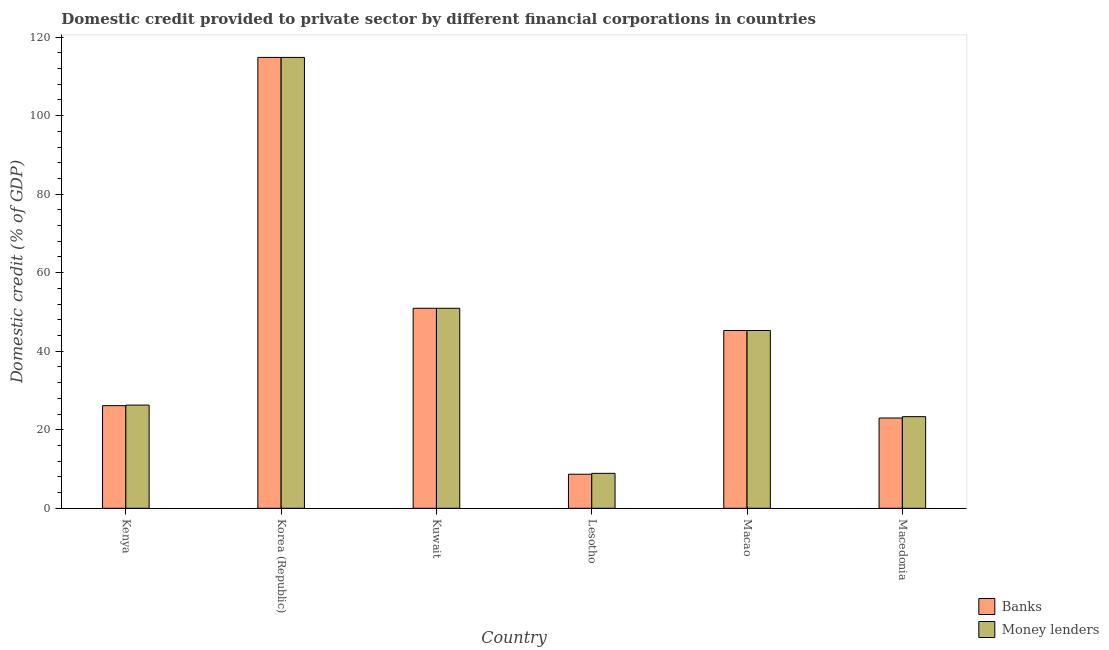
| Country | Banks | Money lenders |
 | --- | --- | --- |
 | Kenya | 26.1 | 26.3 |
 | Korea (Republic) | 115 | 115 |
 | Kuwait | 50.9 | 50.9 |
 | Lesotho | 8.67 | 8.89 |
 | Macao | 45.3 | 45.3 |
 | Macedonia | 23 | 23.3 |